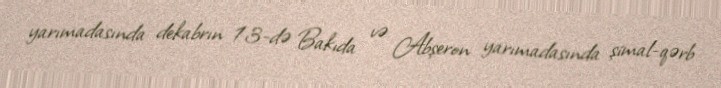
yarımadasında dekabrın 13-də Bakıda və Abşeron yarımadasında şimal-qərb